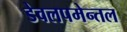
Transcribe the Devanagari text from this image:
डेवलपमेन्तल